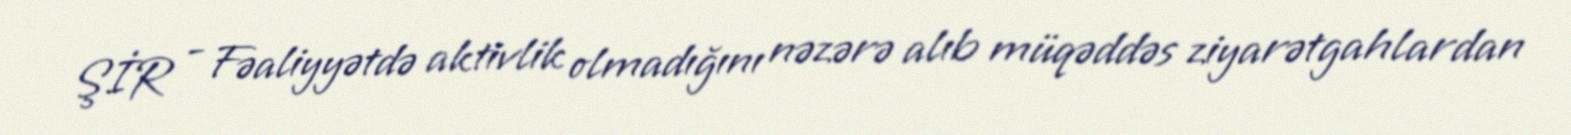
ŞİR - Fəaliyyətdə aktivlik olmadığını nəzərə alıb müqəddəs ziyarətgahlardan